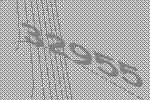
32955